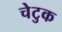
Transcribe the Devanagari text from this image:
चेटुक